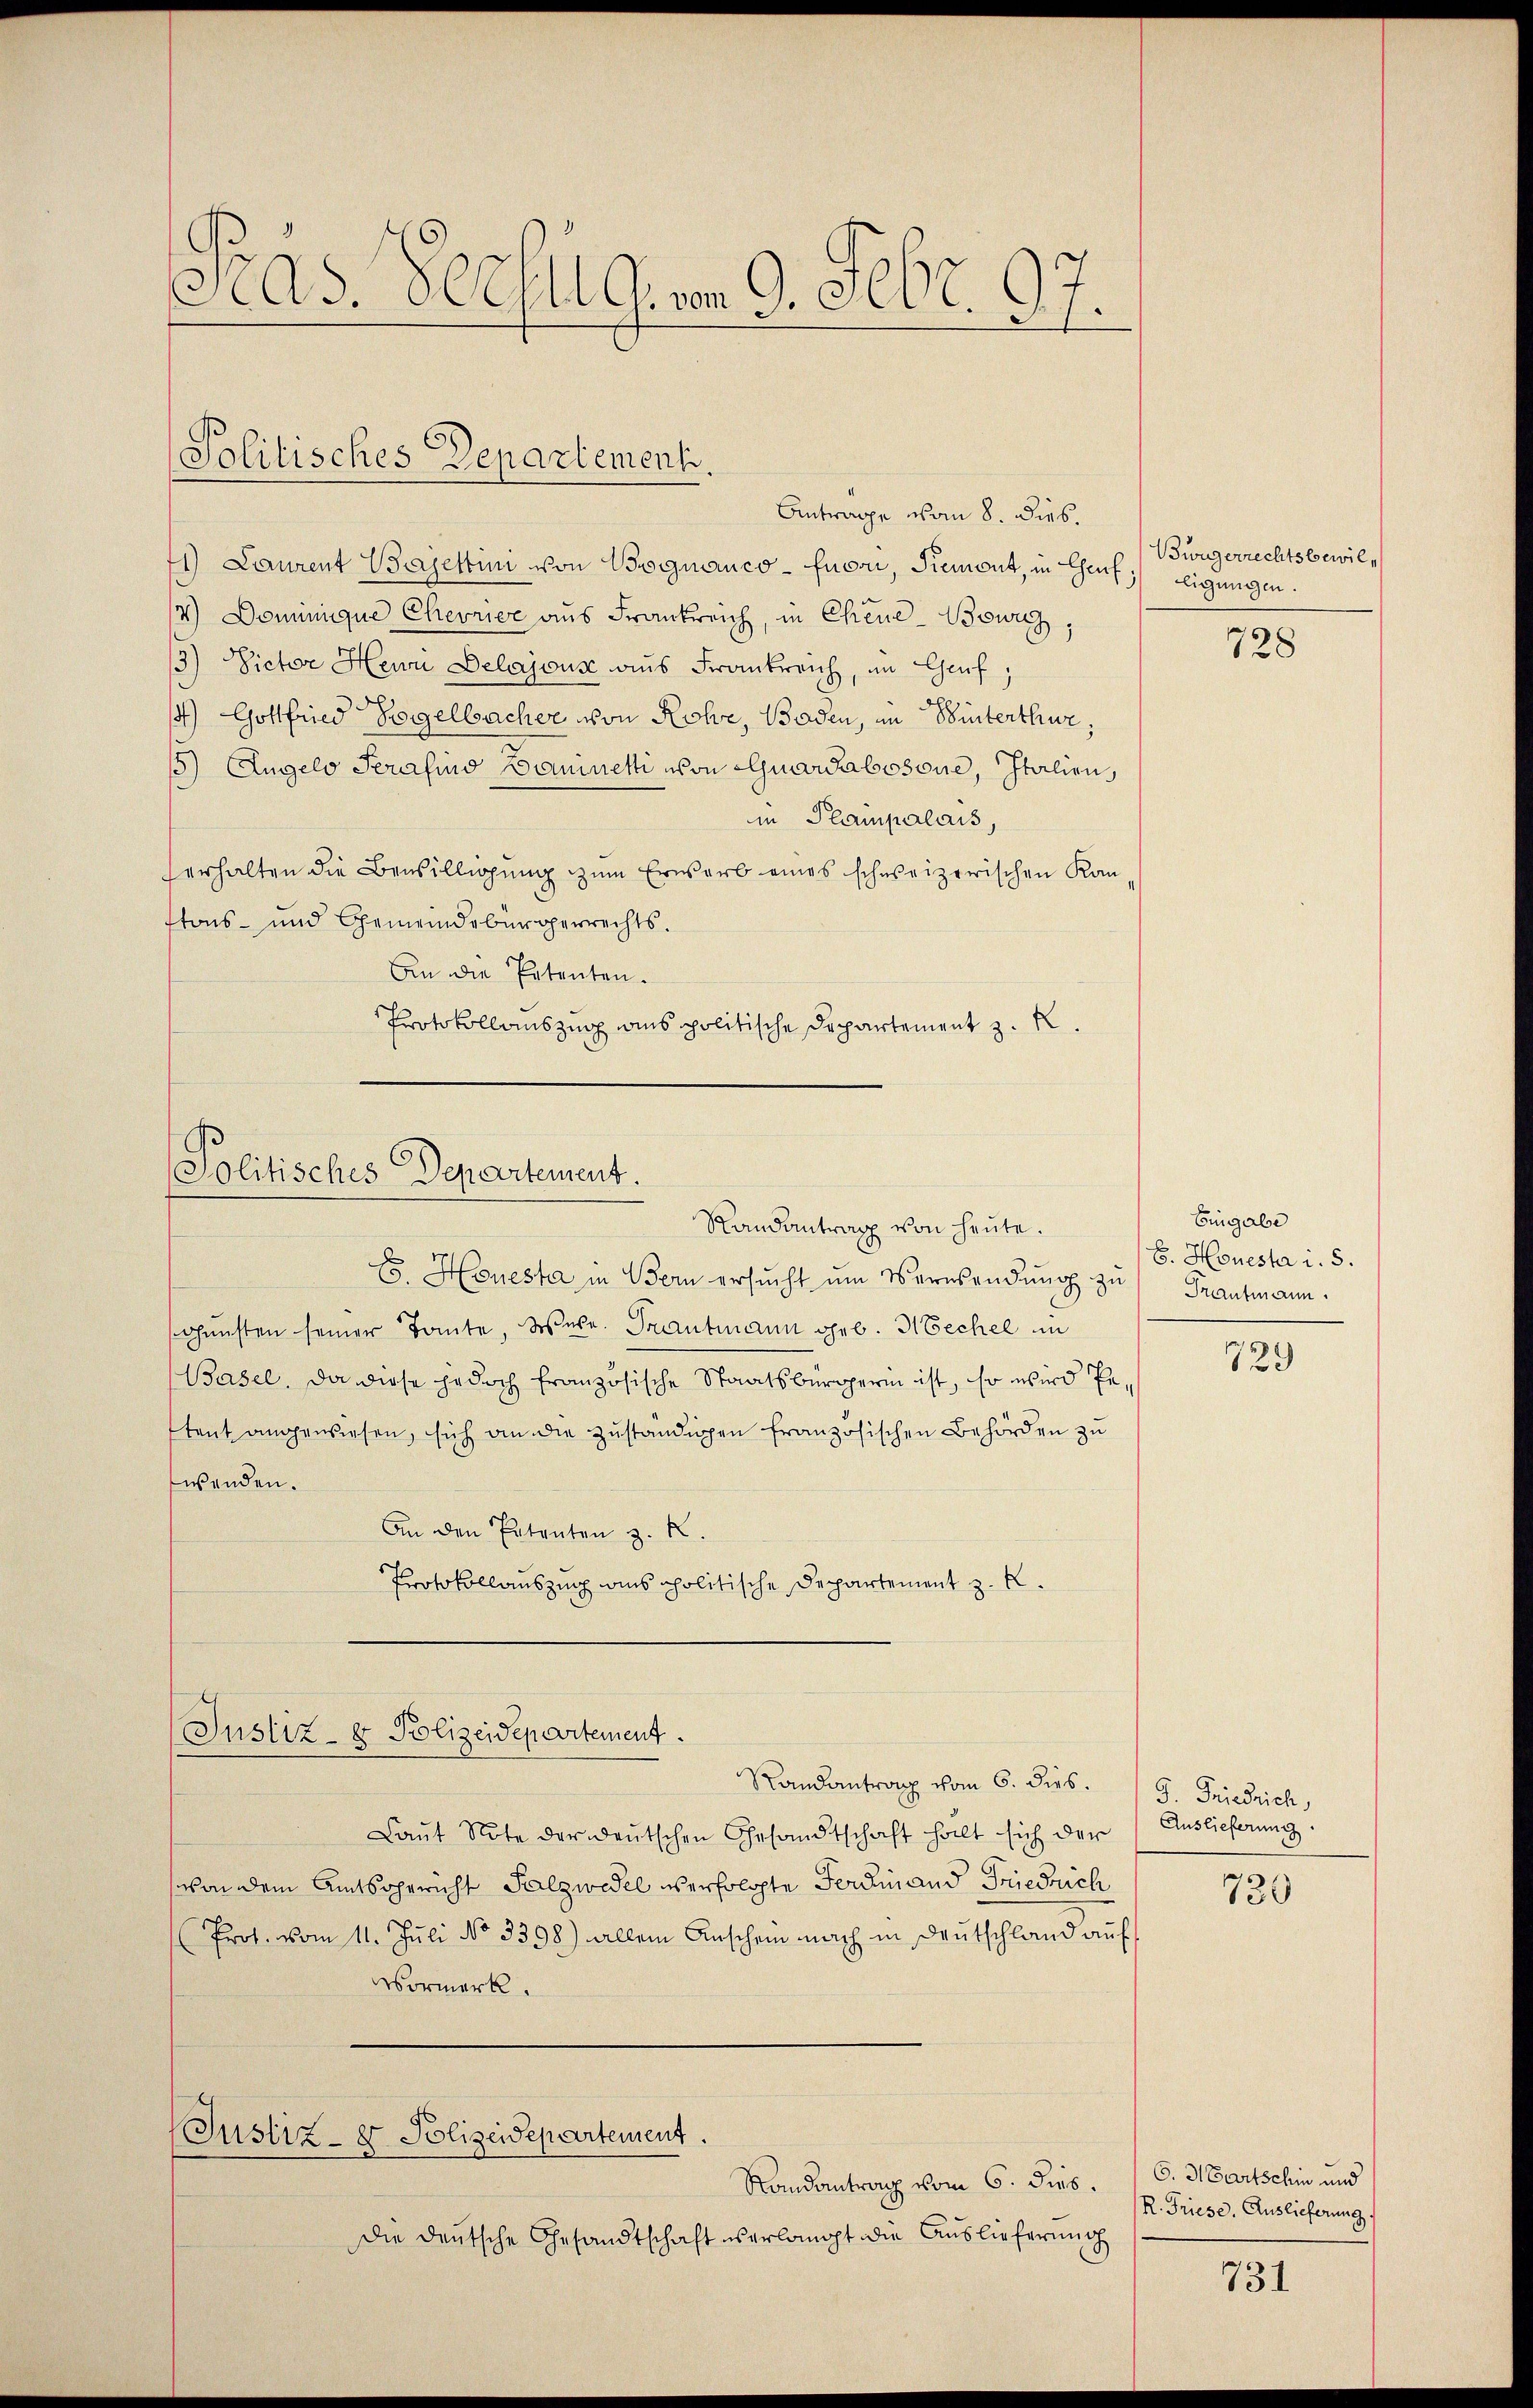
Präs. Bezug von 9. Febr. 97.

Politisches Departement.
Antrage vom 8. dies.

Laurent Bajettini von Wegnanco-Envon, Piemont, in Chenf; Eeigungen.
14) Dominique Chevrice aus Frankreich, in Chene-Bowitz,
3) Victor Herrn Delajus aus Frankreich, in Genf,
) Gottfried Bogelbacher von Rohe, Baden, in Winterthur,
15) Angelo Perafins Baumetti von Quarcabosone, Italien,
in Plampalais,
erhalten die Bewilligŭng zŭm Erwarb eines schweizerischen Kan-
ftons- und Gemeindsbürgerrechts.
An die Petenten.
Protokollauszug aus politische Departement z. R.

Politisches Departement.
Randantrag von heute.

Justiz- & Polizeidepartement.

Bwugerrechtsbewil¬

Es. Heuesta in Bern ersŭcht ŭm Verwendŭng zu Trautmann.
sgunsten seiner Tante, Were. Trautmann geb. Mechel in
Basel. Da diese jedoch französische Staatsbürgerin ist, so wird Pestent angewiesen, sich an die zuständigen französischen Behörden zu
wenden.
An den Patenten z. B.
Protokollauszug aus politische Departement z. R.
Randantrag vom 6. dies.
Laŭt Note der deutschen Gesandtschaft halt sich der
von dem Amtsgericht Salzwidel verfolgte Ferdinand Friedrich
Prof. vom 11. Jŭli No 3398) allein Anschein nach in Deutschland aŭf
Vormerk.
f
(Justiz- & Polizeidepartement.
Randantrag vom 6. dies.
die deutsche Gesandtschaft verlangt die Auslieferung

728

Eingabe
S. Honesta i. 5.

729

P. Friedrich,
Auslieferung

730

C. M. Partschin und
R. Triese, Auslieferung

731